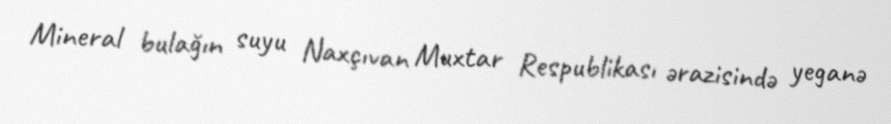
Mineral bulağın suyu Naxçıvan Muxtar Respublikası ərazisində yeganə